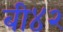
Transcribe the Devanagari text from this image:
बी४२